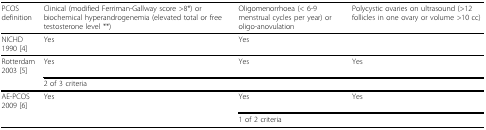
<table><thead><tr><td><b>PCOS definition</b></td><td><b>Clinical (modified Ferriman-Gallway score &gt;8*) or biochemical hyperandrogenemia (elevated total or free testosterone level **)</b></td><td><b>Oligomenorrhoea (&lt; 6-9 menstrual cycles per year) or oligo-anovulation</b></td><td><b>Polycystic ovaries on ultrasound (&gt;12 follicles in one ovary or volume &gt;10 cc)</b></td></tr></thead><tbody><tr><td>NICHD 1990 [4]</td><td>Yes</td><td>Yes</td><td></td></tr><tr><td>Rotterdam 2003 [5]</td><td>Yes</td><td>Yes</td><td>Yes</td></tr><tr><td></td><td colspan="3">2 of 3 criteria</td></tr><tr><td>AE-PCOS 2009 [6]</td><td>Yes</td><td>Yes</td><td>Yes</td></tr><tr><td></td><td></td><td colspan="2">1 of 2 criteria</td></tr></tbody></table>